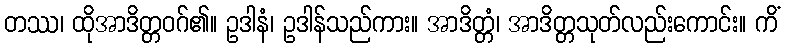
တဿ၊ ထိုအာဒိတ္တဝဂ်၏။ ဥဒါနံ၊ ဥဒါန်သည်ကား။ အာဒိတ္တံ၊ အာဒိတ္တသုတ်လည်းကောင်း။ ကိံ